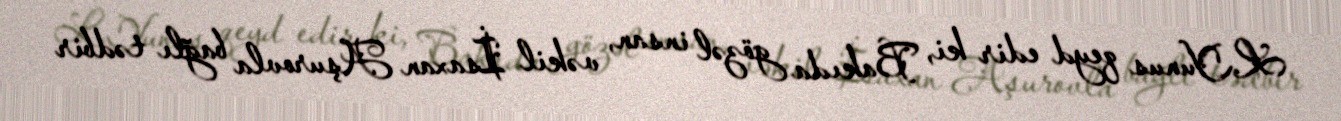
L.Yunus qeyd edir ki, Bakıda gözəl insan, vəkil İsaxan Aşurovla bağlı tədbir